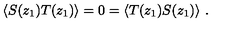
\langle S ( z _ { 1 } ) T ( z _ { 1 } ) \rangle = 0 = \langle T ( z _ { 1 } ) S ( z _ { 1 } ) \rangle \ .